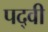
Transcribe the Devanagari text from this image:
पद्‍वी